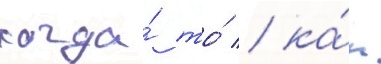
когда́ то́ / ка́к